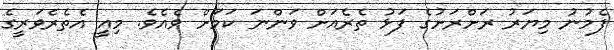
ފެމުނު މިޔަރު ރަށްރަށުގެ ފަޅު ތެރެއަށް ވަންނަ ކަމަށް ވެއެވެ. މިއީ އެތެރެވަރީގެ